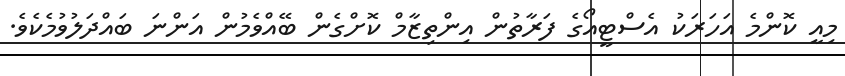
މިއީ ކޮންމެ އަހަރަކު އެސްޓީއޯގެ ފަރާތުން އިންތިޒާމް ކޮށްގެން ބޭއްވެމުން އަންނަ ބައްދަލުވުމެކެވެ.